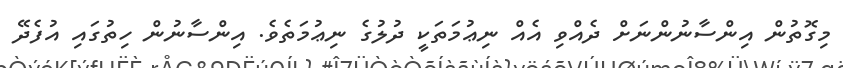
މިގޮތުން އިންސާނުންނަށް ދެއްވި އެއް ނިޢުމަތަކީ ދުލުގެ ނިޢުމަތެވެ. އިންސާނުން ހިތުގައި އުފެދޭ